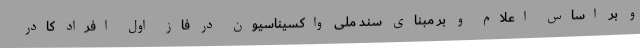
و بر اساس اعلام و بر مبنای سند ملی واکسیناسیون در فاز اول افراد کادر